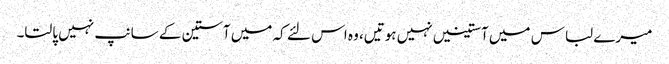
میرے لباس میں آستینیں نہیں ہوتیں، وہ اس لئے کہ میں آستین کے سانپ نہیں پالتا۔